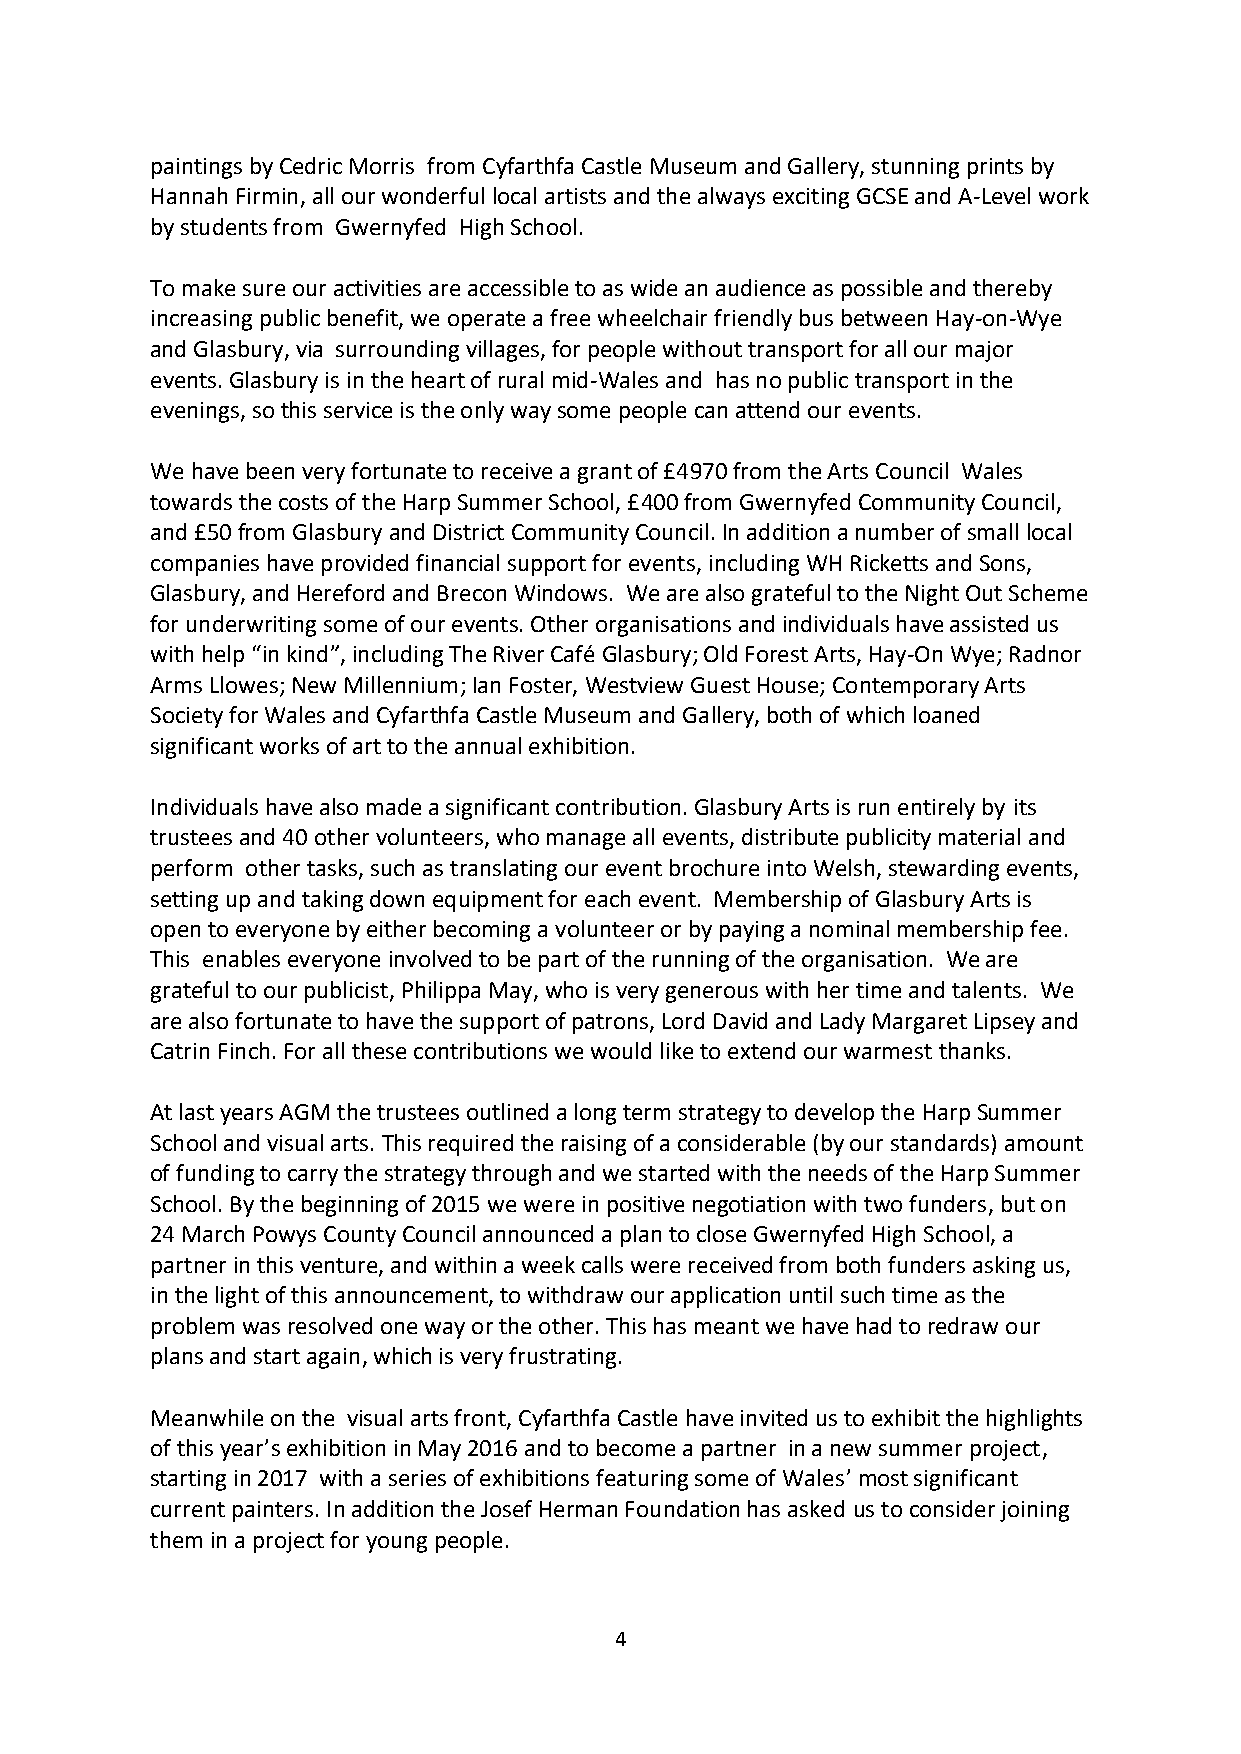
paintings by Cedric Morris from Cyfarthfa Castle Museum and Gallery, stunning prints by
 Hannah Firmin, all our wonderful local artists and the always exciting GCSE and A-Level work
 by students from Gwernyfed High School.
 To make sure our activities are accessible to as wide an audience as possible and thereby
 increasing public benefit, we operate a free wheelchair friendly bus between Hay-on-Wye
 and Glasbury, via surrounding villages, for people without transport for all our major
 events. Glasbury is in the heart of rural mid-Wales and has no public transport in the
 evenings, so this service is the only way some people can attend our events.
 We have been very fortunate to receive a grant of £4970 from the Arts Council Wales
 towards the costs of the Harp Summer School, £400 from Gwernyfed Community Council,
 and £50 from Glasbury and District Community Council. In addition a number of small local
 companies have provided financial support for events, including WH Ricketts and Sons,
 Glasbury, and Hereford and Brecon Windows. We are also grateful to the Night Out Scheme
 for underwriting some of our events. Other organisations and individuals have assisted us
 with help “in kind”, including The River Café Glasbury; Old Forest Arts, Hay-On Wye; Radnor
 Arms Llowes; New Millennium; Ian Foster, Westview Guest House; Contemporary Arts
 Society for Wales and Cyfarthfa Castle Museum and Gallery, both of which loaned
 significant works of art to the annual exhibition.
 Individuals have also made a significant contribution. Glasbury Arts is run entirely by its
 trustees and 40 other volunteers, who manage all events, distribute publicity material and
 perform other tasks, such as translating our event brochure into Welsh, stewarding events,
 setting up and taking down equipment for each event. Membership of Glasbury Arts is
 open to everyone by either becoming a volunteer or by paying a nominal membership fee.
 This enables everyone involved to be part of the running of the organisation. We are
 grateful to our publicist, Philippa May, who is very generous with her time and talents. We
 are also fortunate to have the support of patrons, Lord David and Lady Margaret Lipsey and
 Catrin Finch. For all these contributions we would like to extend our warmest thanks.
 At last years AGM the trustees outlined a long term strategy to develop the Harp Summer
 School and visual arts. This required the raising of a considerable (by our standards) amount
 of funding to carry the strategy through and we started with the needs of the Harp Summer
 School. By the beginning of 2015 we were in positive negotiation with two funders, but on
 24 March Powys County Council announced a plan to close Gwernyfed High School, a
 partner in this venture, and within a week calls were received from both funders asking us,
 in the light of this announcement, to withdraw our application until such time as the
 problem was resolved one way or the other. This has meant we have had to redraw our
 plans and start again, which is very frustrating.
 Meanwhile on the visual arts front, Cyfarthfa Castle have invited us to exhibit the highlights
 of this year’s exhibition in May 2016 and to become a partner in a new summer project,
 starting in 2017 with a series of exhibitions featuring some of Wales’ most significant
 current painters. In addition the Josef Herman Foundation has asked us to consider joining
 them in a project for young people.
 4